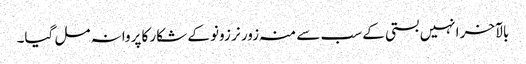
بالآخر انہیں بستی کے سب سے منہ زور نر زونو کے شکار کا پروانہ مل گیا۔